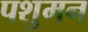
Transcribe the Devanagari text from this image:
पशुमन